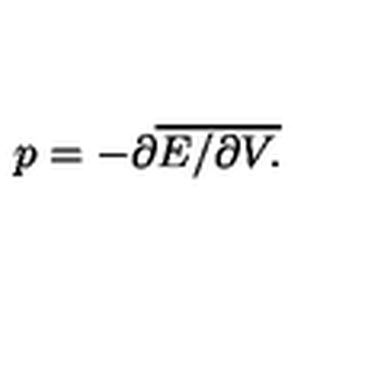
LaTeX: p = - \partial \overline { { E / \partial V . } }